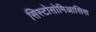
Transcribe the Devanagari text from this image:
सिस्टोसोमिआसिस